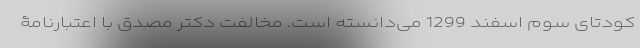
کودتای سوم اسفند 1299 می‌دانسته است. مخالفت دکتر مصدق با اعتبارنامۀ